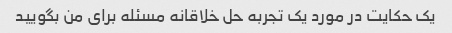
یک حکایت در مورد یک تجربه حل خلاقانه مسئله برای من بگویید